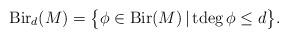
LaTeX: \begin{align*}\mathrm{Bir}_d(M)=\big\{\phi\in\mathrm{Bir}(M)\,\vert\,\mathrm{tdeg}\,\phi\leq d\big\}.\end{align*}